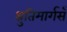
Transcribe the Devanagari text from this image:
श्रुतिमार्गसँ